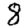
Digit: 8